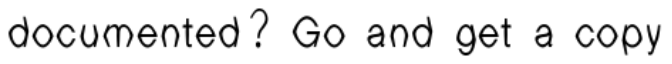
documented? Go and get a copy